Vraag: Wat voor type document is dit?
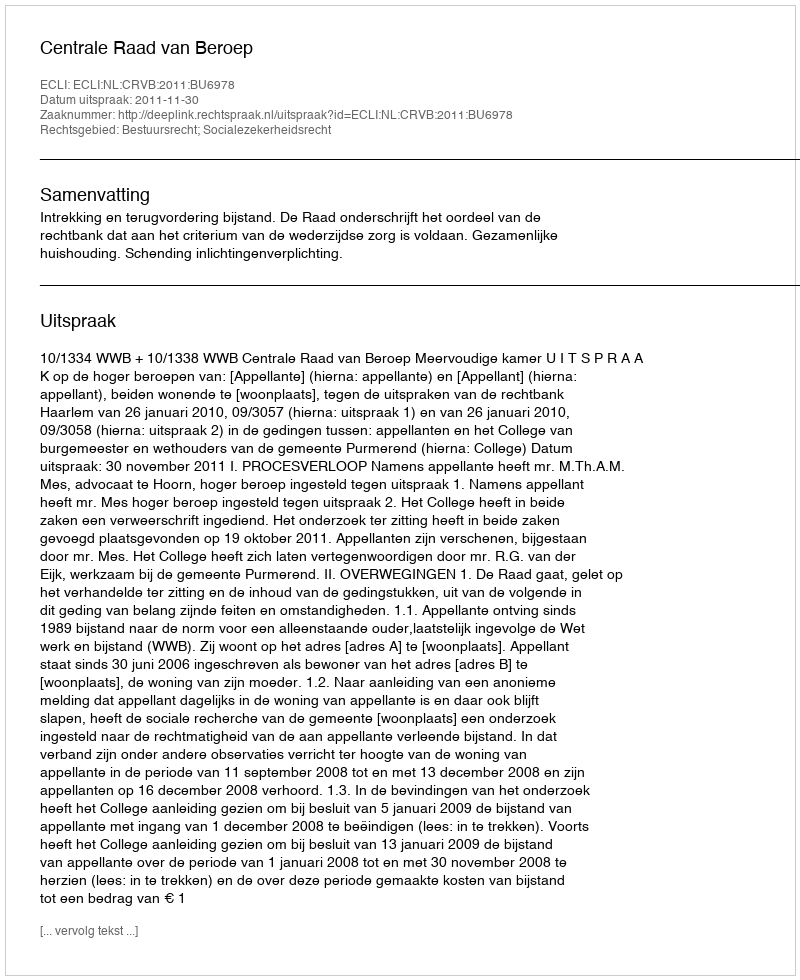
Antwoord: Uitspraak